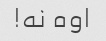
اوه نه!